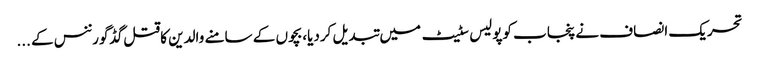
تحریک انصاف نے پنجاب کوپولیس سٹیٹ میں تبدیل کردیا،بچوں کے سامنے والدین کاقتل گڈگورننس کے ...